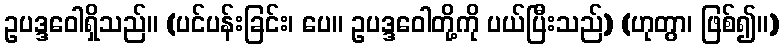
ဥပဒ္ဒဝေါရှိသည်။ (ပင်ပန်းခြင်း၊ ပေ။ ဥပဒ္ဒဝေါတို့ကို ပယ်ပြီးသည်) (ဟုတွာ၊ ဖြစ်၍။)